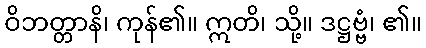
ဝိဘတ္တာနိ၊ ကုန်၏။ ဣတိ၊ သို့။ ဒဋ္ဌဗ္ဗံ၊ ၏။